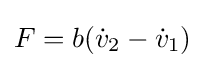
F=b({\dot {v}}_{2}-{\dot {v}}_{1})